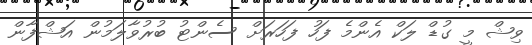
ވިޝް މީ ގުޑް ލަކް އެންމެ ފަހު ފަހަރަށް ސެންޓު ބުރުވާލަމުން އަޝްފާން